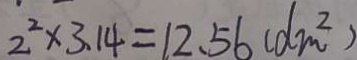
2 ^ { 2 } \times 3 . 1 4 = 1 2 . 5 6 ( d m ^ { 2 } )